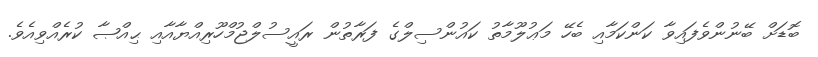
ބޮޑަށް ބޭނުންވެފައިވާ ކަންކަމާއި ބެހޭ މަޢުލޫމާތު ކައުންސިލްގެ ފަރާތުން ރައީސުލްޖުމްހޫރިއްޔާއާއި ޙިއްޞާ ކުރެއްވިއެވެ.